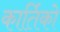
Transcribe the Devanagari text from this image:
कार्तिको